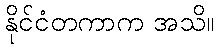
နိုင်ငံတကာက အသိ။